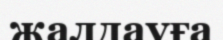
жалдауға